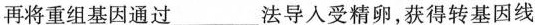
再将重组基因通过___法导入受精卵，获得转基因线